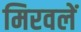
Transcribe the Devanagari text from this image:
मिरवलें